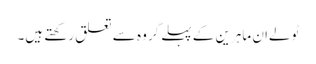
ٹولےان ماہرین کے پہلے گروہ سے تعلق رکھتے ہیں۔